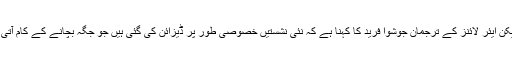
امریکن ایئر لائنز کے ترجمان جوشوا فرید کا کہنا ہے کہ نئی نشستیں خصوصی طور پر ڈیزائن کی گئی ہیں جو جگہ بچانے کے کام آتی ہیں۔